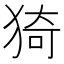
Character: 猗